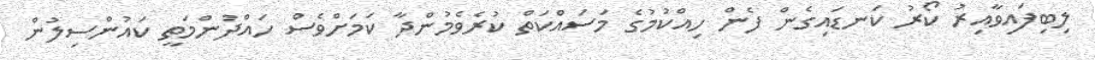
ލިބިފައިވާއިރު ކޯރު ކަނޑައިގެން ފެން ހިއްކުމުގެ މަސައްކަތް ކުރެވެމުންދާ ކަމަށްވެސް ހައްދުންމަތީ ކައުންސިލުން